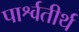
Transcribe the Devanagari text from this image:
पार्श्वतीर्थ